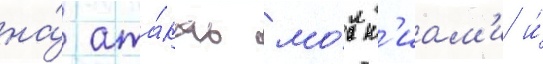
на́ ата́ках мо́лн'иам'и и́